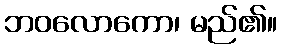
ဘဝလောကော၊ မည်၏။